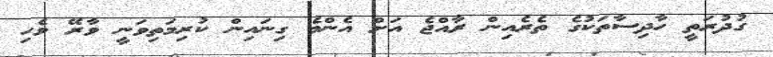
ގުދުރަތީ ހާދިސާތަކުގެ ތެރެއިން ރާއްޖެ އަށް އެންމެ ގިނައިން ކުރިމަތިވަނީ ވާރޭ ވެހި